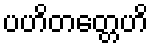
ပဟိတတ္တေဟိ